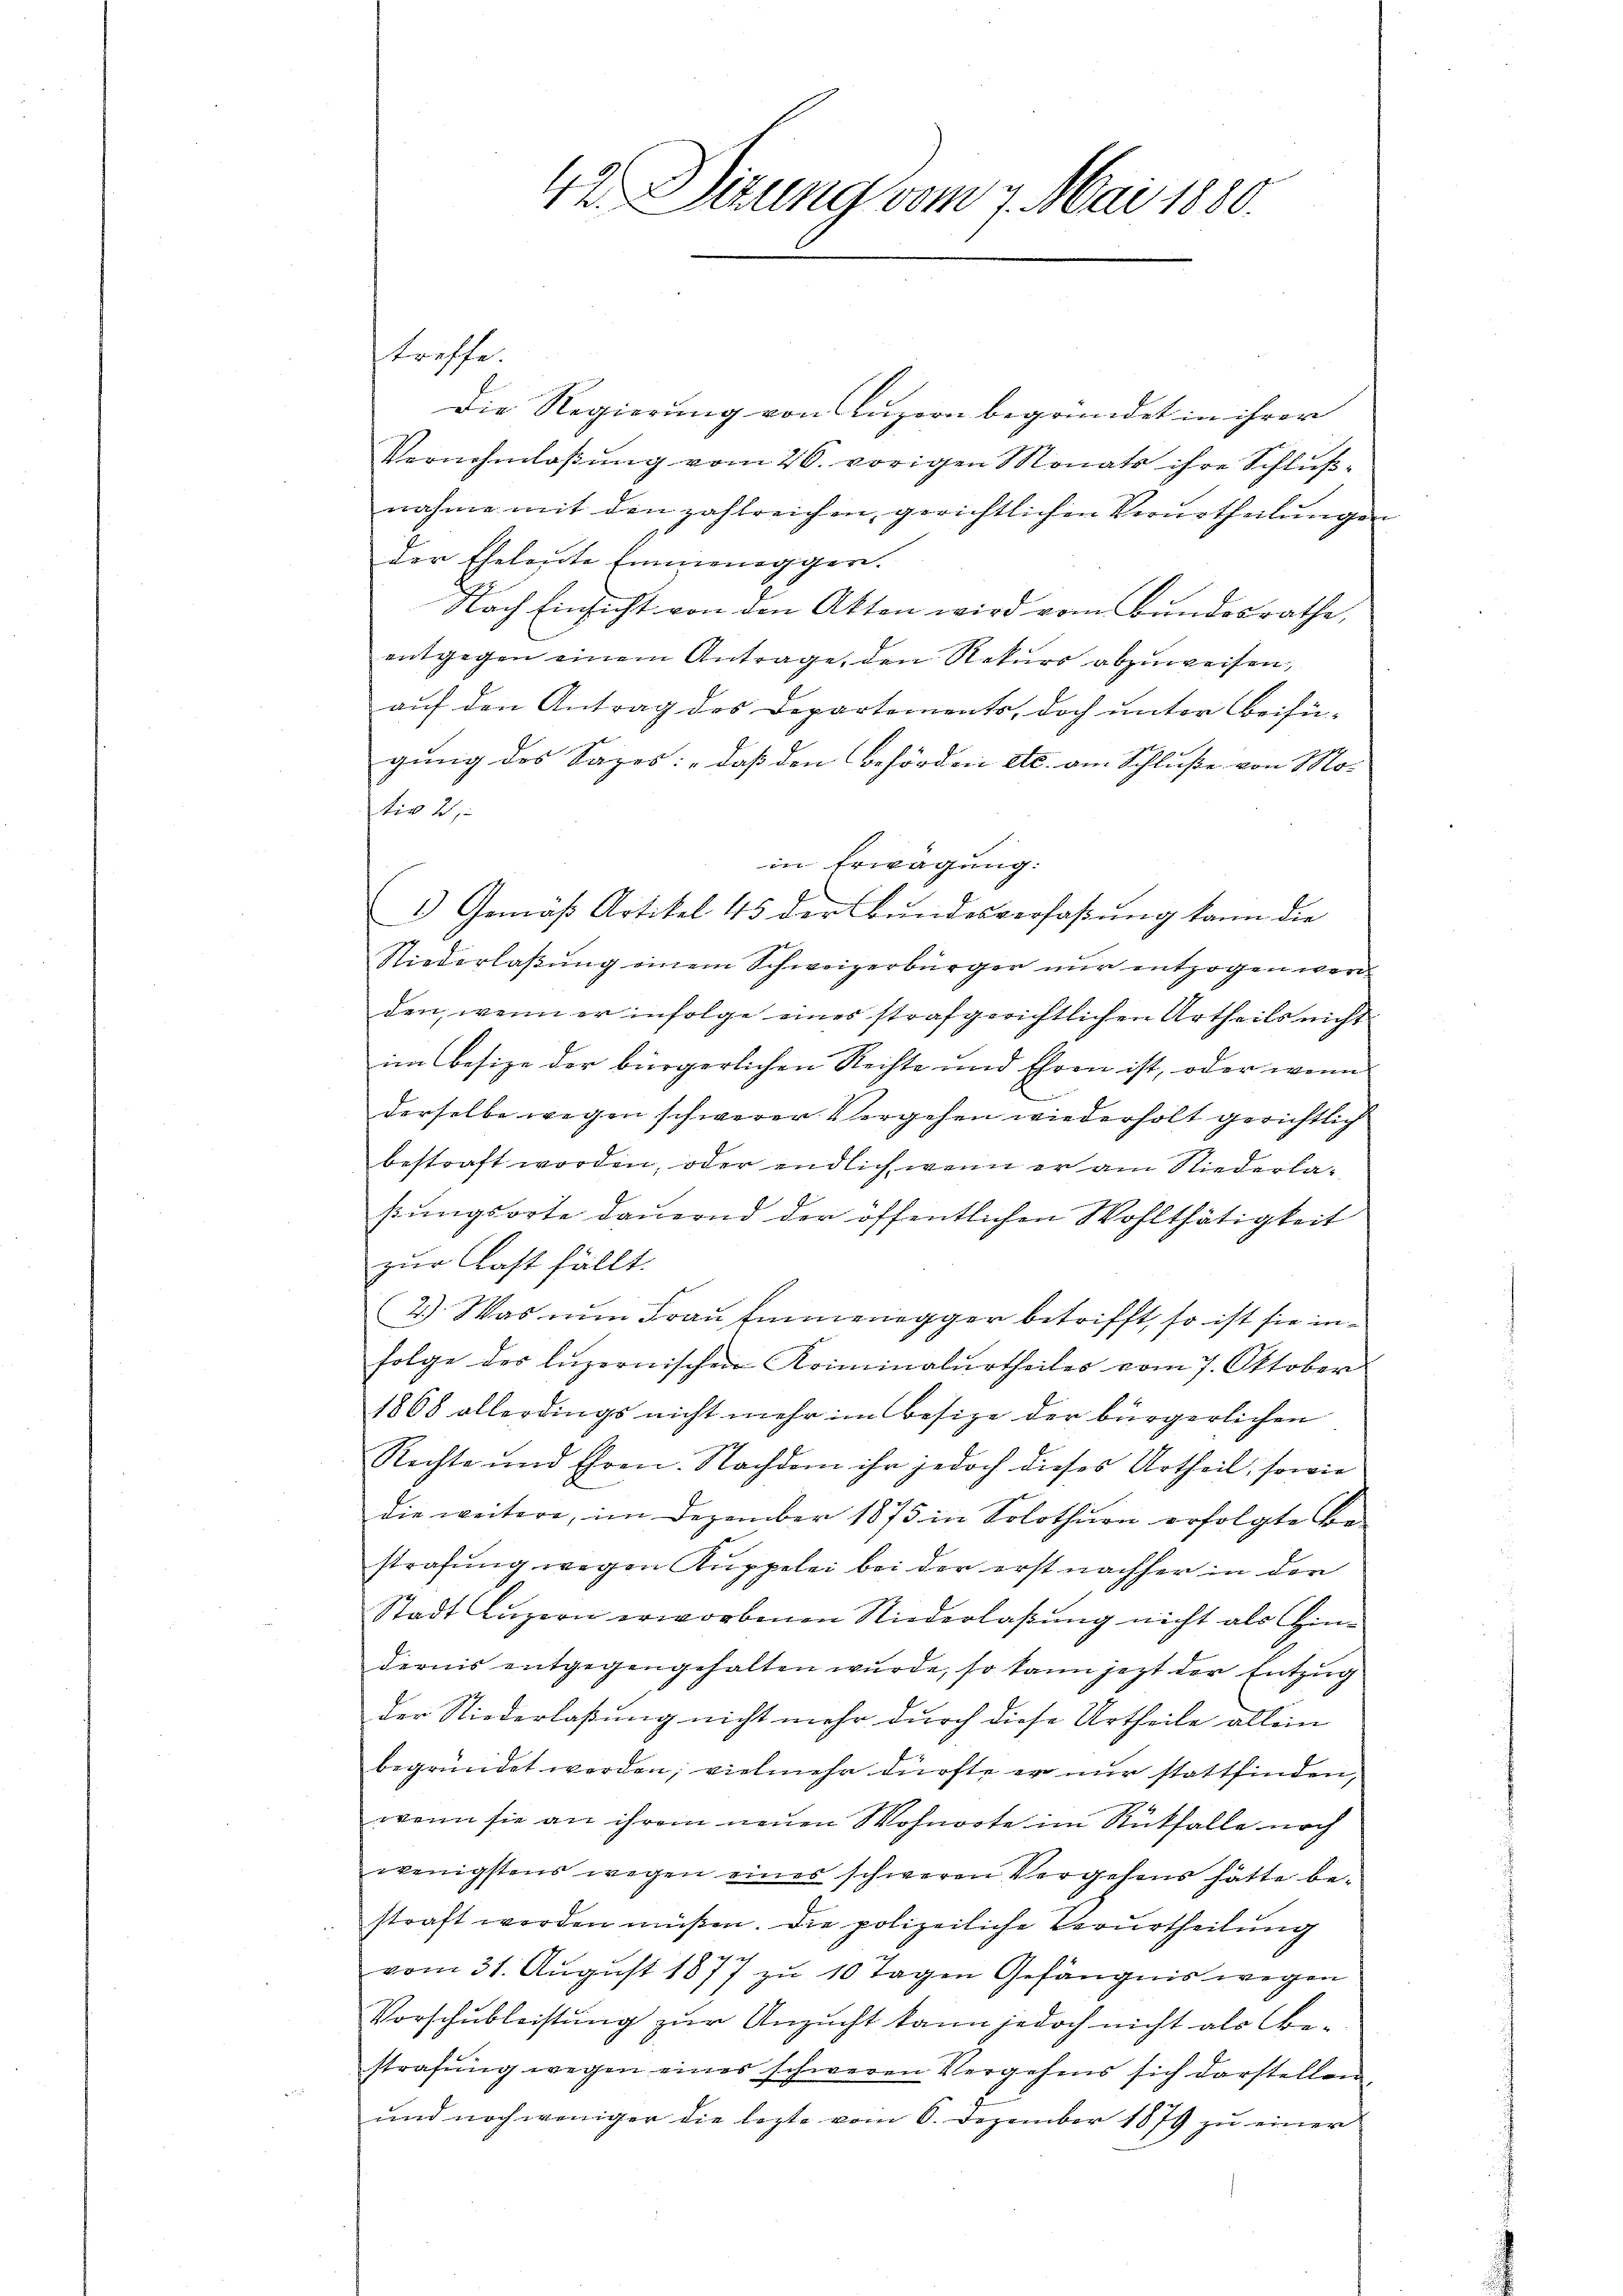
treffe.

42. Ditung vom 7. Mai 1880.

Die Regierung von Luzern begründet in ihrer
Vernehmlaβŭng vom 26. vorigen Monats ihre Schlŭβ-
nahme mit den zahlreichen, gerichtlichen Verurtheilungen
der Eheleute Einnenegger.
Nach Einsicht von den Akten wird vom Bundesrathe,
entgegen einem Antrage, den Rekurs abzuweisen,
auf den Antrag des Departements, doch unter Beifügung des Sapes: „daß den Behörden etc. am Schluße von Motiv 2.
in Erwägung:
1) Gemäß Artikel 45 der Bundesverfaßung kann die
Niederlaßung einem Schweizerbürger nur entzogen werde
den, wenn er infolge eines strafgerichtlichen Urtheils nicht
im Besize der bürgerlichen Rechte und Ehren ist, oder wenn
l
derselbe wegen schwerer Vergehen wiederholt gerichtlich
bestraft worden, oder endlich wenn er am Niederlaßungsorte dauernd der öffentlichen Wohlthätigkeit
zur Last fällt.
2.) Was nun Fraŭ Emmenegger betrifft, so ist sie infolge des luzernischen Kriminalurtheiles vom 7. Oktober
1868 allerdings nicht mehr im Besize der bürgerlichen
Rechte und Ehren. Nachdem ihr jedoch dieses Urtheil, sowie
die weitere, im Dezember 1875 in Solothurn erfolgte Be-
strafung wegen Kuppelei bei der erst nachher in den
Stadt Luzern erworbenen Niederlaßung nicht als Hindernis entgegengehalten wurde, so kann jezt der Entzug
der Niederlaßung nicht mehr durch diese Urtheile allein
begründet werden; vielmehr dürfte er nur stattfinden,
wenn sie an ihrem neuen Wohnorte im Rückfalle noch
wenigstens wegen eines schweren Vergehens hätte bestraft werden müßen. Die polizeiliche Verurtheilung
vom 31. August 1877 zu 10 Tagen Gefängnis wegen
Vorschubleistung zur Ansucht kann jedoch nicht als bestrafung wegen eines schweren Vergehens sich darstellen,
und noch weniger die lezte vom 6. Dezember 1879 zu einer